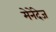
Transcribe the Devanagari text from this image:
मेनेंदेज